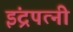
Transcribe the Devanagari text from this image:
इंद्रपत्‍नी